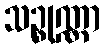
သဉ္စုဏ္ဏာ